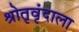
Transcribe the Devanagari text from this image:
श्रोतृवृंदाला